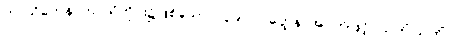
ကာသိကေန၊ ကာသိတိုင်း၌ဖြစ်သော။ (၃၉၀) ဝတ္ထေန၊ အဝတ်ဖြင့်။ သကိံ သကိံ၊